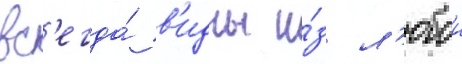
вс'егда́ в'идны и́з л'юбои